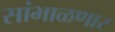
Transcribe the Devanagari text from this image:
सांभाळणार